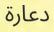
دعارة